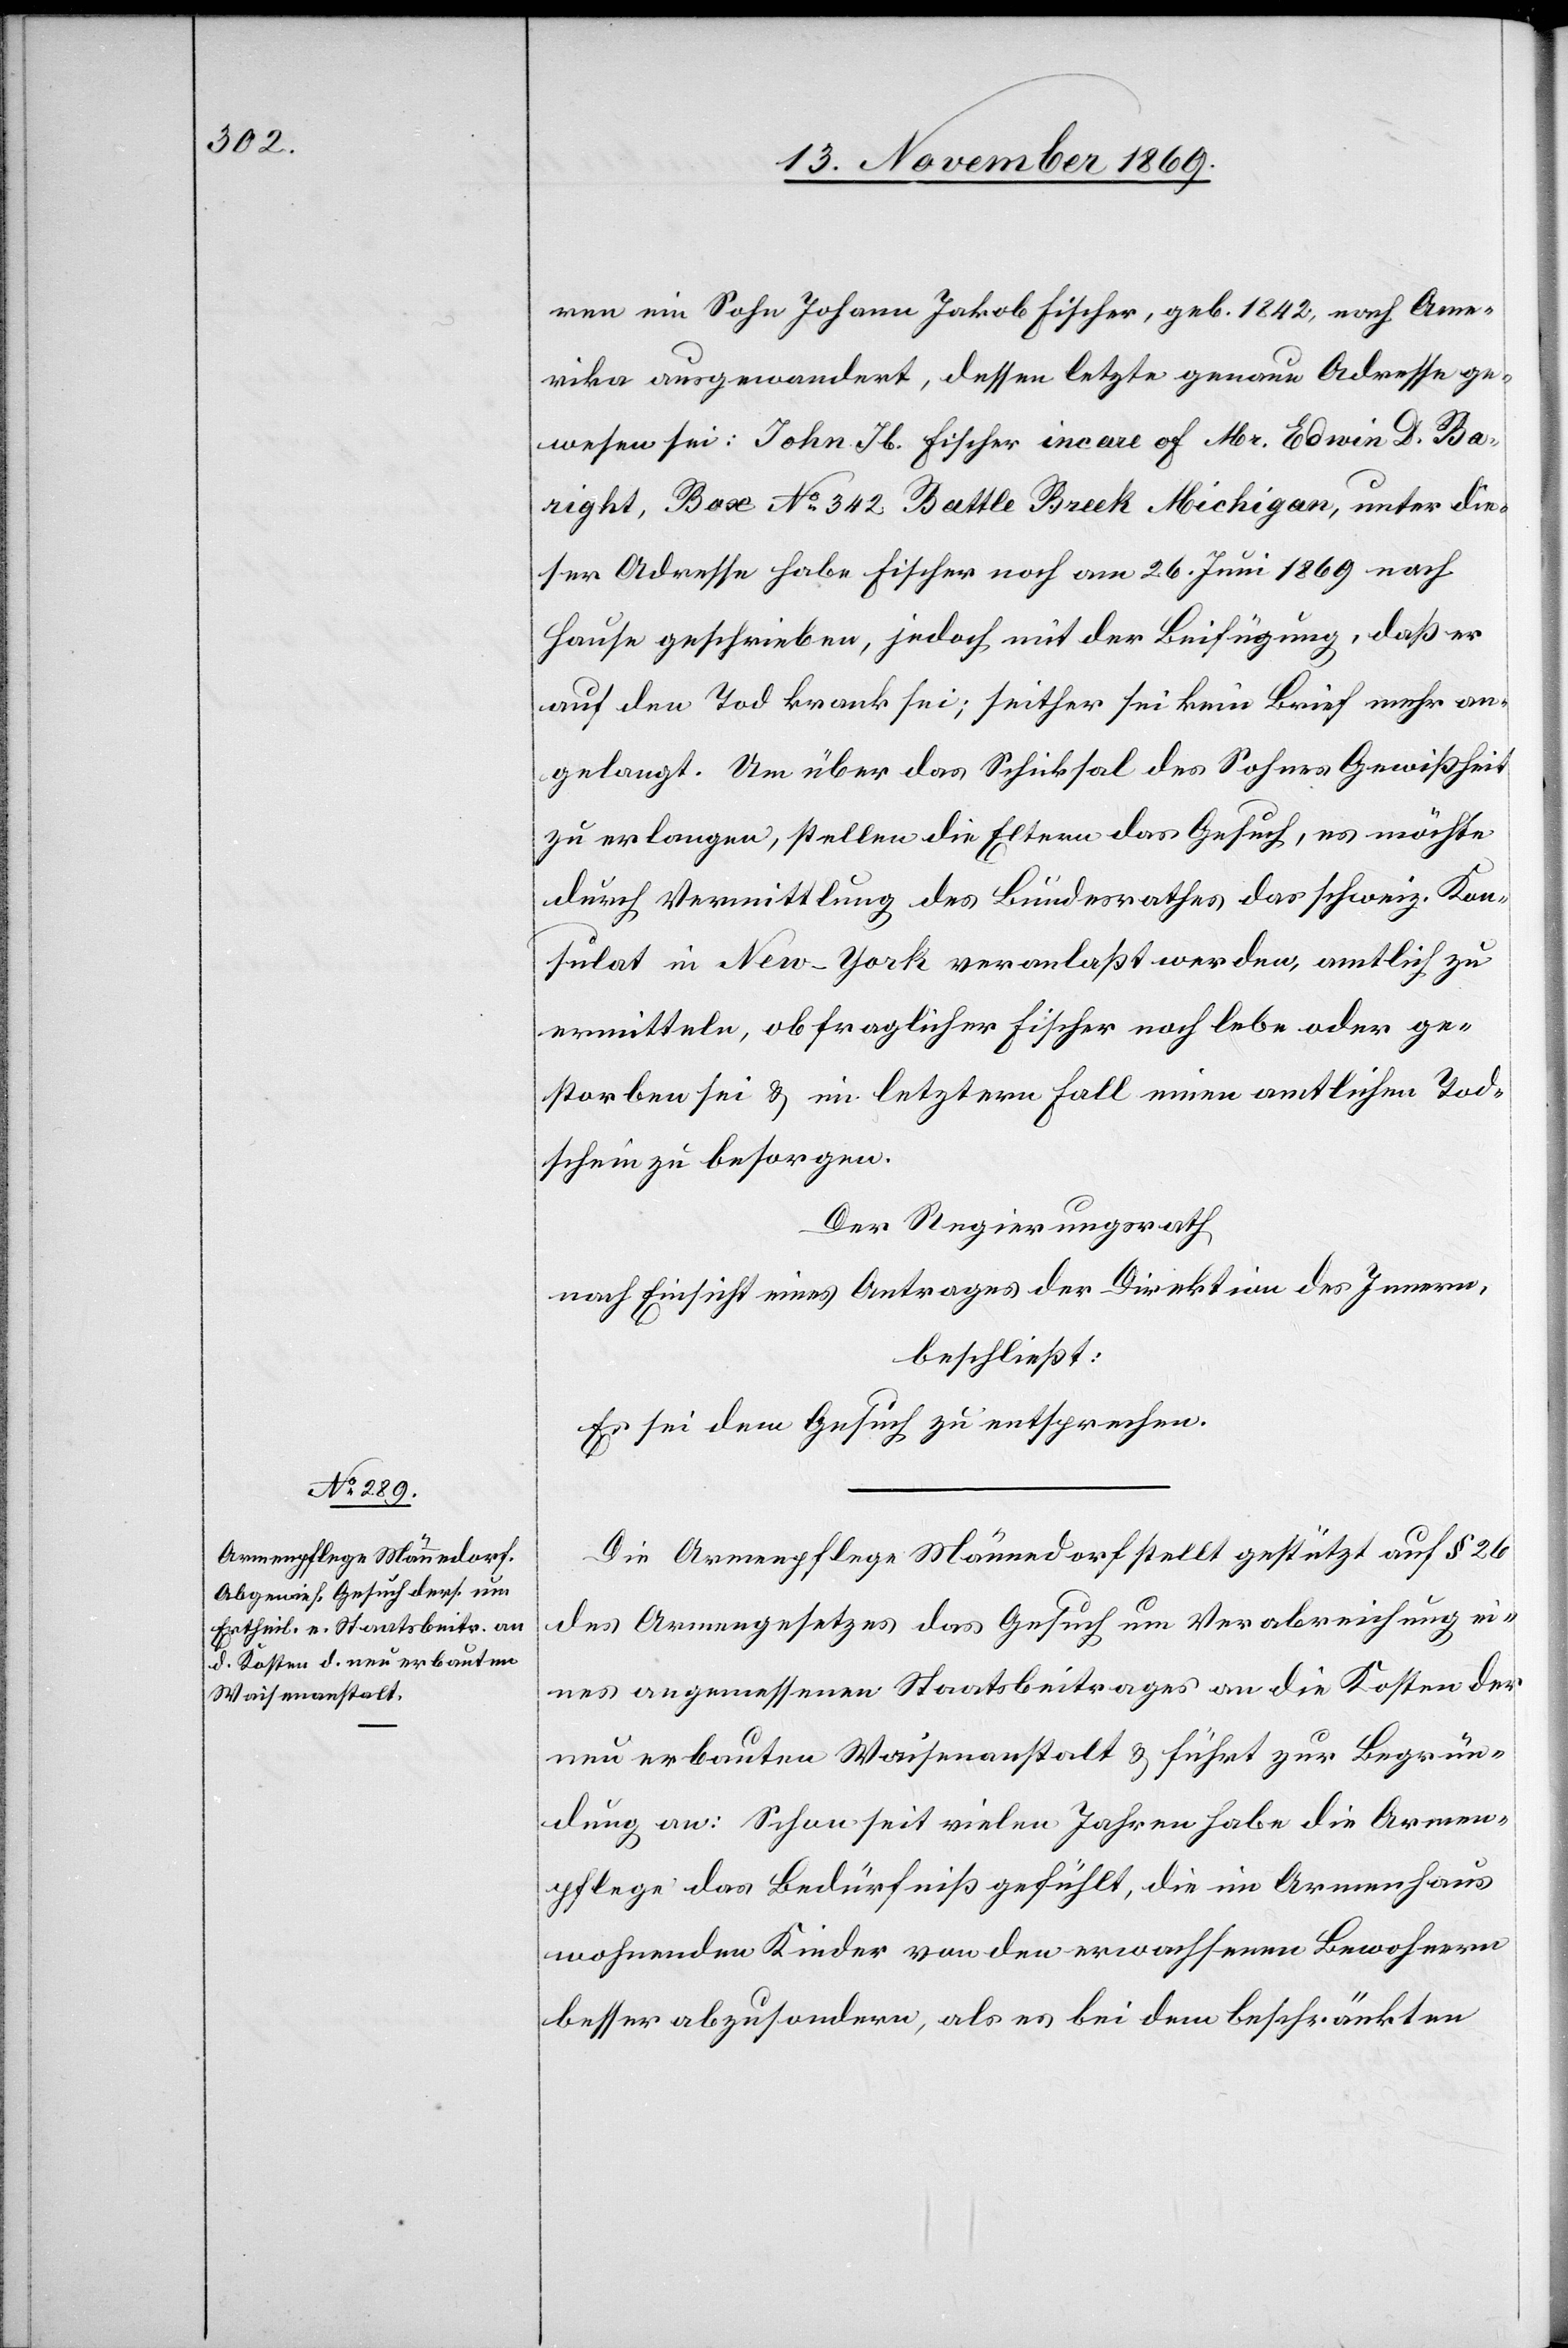
ren ein Sohn Johann Jakob Fischer, geb. 1842, nach Ame¬
rika ausgewandert, dessen letzte genaue Adresse ge¬
wesen sei: John Jb. Fischer incare of Mr. Edwin D. Ba¬
right, Bax No 342 Battle Breek Michigan, unter die¬
ser Adresse habe Fischer noch am 26. Juni 1869 nach
Hause geschrieben, jedoch mit der Beifügung, daß er
auf den Tod krank sei; seither sei kein Brief mehr an¬
gelangt. Um über das Schicksal des Sohnes Gewißheit
zu erlangen, stellen die Eltern das Gesuch, es möchte
durch Vermittlung des Bundesrathes das schweiz. Kon¬
sulat in New-York veranlaßt werden, amtlich zu
ermitteln, ob fraglicher Fischer noch lebe oder ge¬
storben sei & im letztern Fall einen amtlichen Tod¬
schein zu besorgen.
Der Regierungsrath
nach Einsicht eines Antrages der Direktion des Innern,
beschließt;
Es sei dem Gesuch zu entsprechen.
Die Armenpflege Männedorf stellt gestützt auf § 26
des Armengesetzes das Gesuch um Verabreichung ei¬
nes angemessenen Staatsbeitrages an die Kosten der
neu erbauten Waisenanstalt & führt zur Begrün¬
dung an: Schon seit vielen Jahren habe die Armen¬
pflege das Bedürfniß gefühlt, die im Armenhaus
wohnenden Kinder von den erwachsenen Bewohnern
besser abzusondern, als es bei dem beschränkten